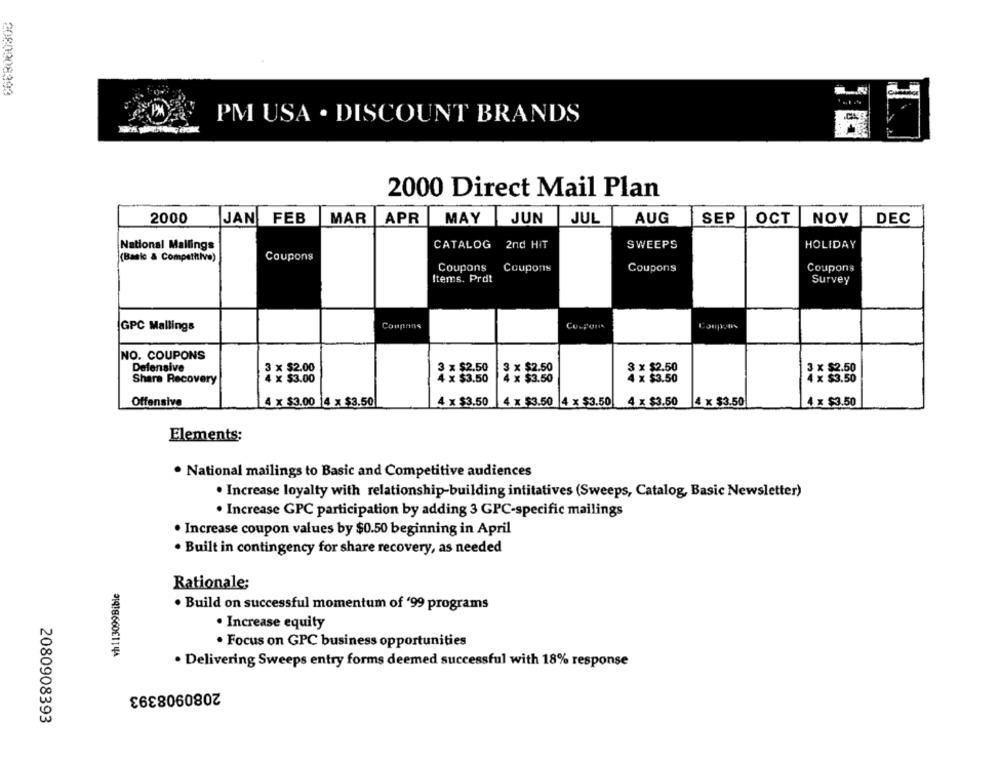
2080008993
PX
PM USA . DISCOUNT BRANDS
2000 Direct Mail Plan
2000
JAN FEB
MAR
APR
MAY
JUN
JUL
AUG
SEP
OCT
NOV
DEC
SWEEPS
HOLIDAY
National Mallings
CATALOG 2nd HIT
(Basic & Competitivo)
Coupons
Coupons
Coupons
Coupons
Coupons
Items. Prot
Survey
GPC Mallings
Conprins
NO. COUPONS
Defensive
3 x $2.00
3 x $2.50
3 x $2.50
3 x $2.50
3 x $2.50
Share Recovery
4 x $3.00
4 x $3.50
4 x $3.50
4 x $3.50
4 x $3.50
Offensive
4 x $3.00 4 x $3.50
4 x $3.50
4 x $3.50 4 x $3.50
4 x $3.50
4 x $3.50
4 x $3.50
Elements;
. National mailings to Basic and Competitive audiences
· Increase loyalty with relationship-building intitatives (Sweeps, Catalog, Basic Newsletter)
. Increase GPC participation by adding 3 GPC-specific mailings
Increase coupon values by $0.50 beginning in April
· Built in contingency for share recovery, as needed
vh113099Bible
Rationale;
. Build on successful momentum of '99 programs
· Increase equity
· Focus on GPC business opportunities
· Delivering Sweeps entry forms deemed successful with 18% response
2080908393
2080908393